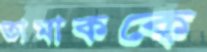
তামাককে